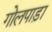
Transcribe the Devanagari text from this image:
गोलपाड़ा